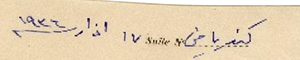
كنريا في ١٧ اذار سنة ١٩٣٦